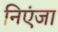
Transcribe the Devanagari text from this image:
निएंजा